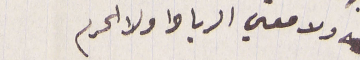
ولا معني الرباط ولا الحرم